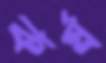
কর্ষ